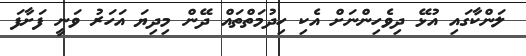
ލަންކާގައި އުޅޭ ދިވެހިންނަށް އެކި ހިދުމަތްތައް ދޭން މިދިޔަ އަހަރު ވަނީ ފަށާފަ